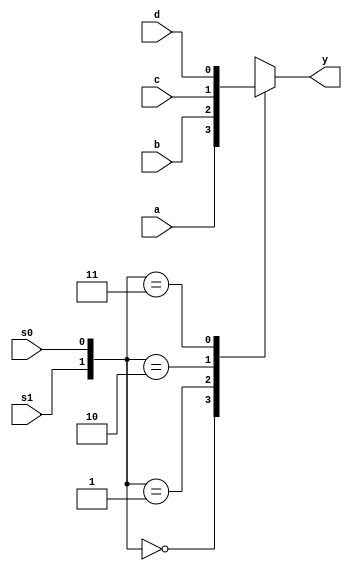
module mux4to1(output reg y, input s1,s0 ,d,c,b,a);
    always @(*) 
        case({s1,s0})
            2'b00:  y = a;
            2'b01:  y = b;
            2'b10:  y = c;
            2'b11:  y = d;
            default:    y = 1'bx;
        endcase
endmodule